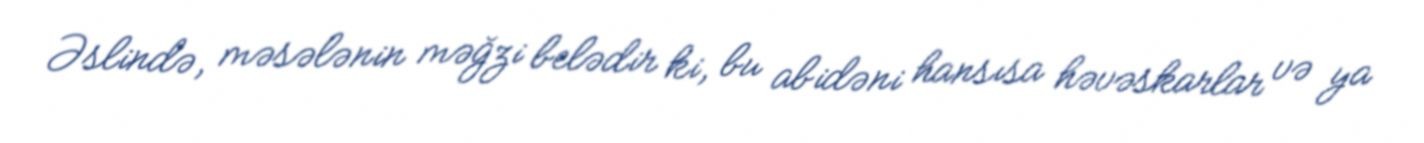
Əslində, məsələnin məğzi belədir ki, bu abidəni hansısa həvəskarlar və ya